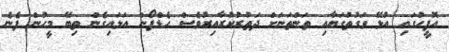
އޮފީހުގައި އުޅޭ ވަގުތުގަޔާއި ތަންތަނަށް ދަތުރުކުރާއިރުވެސް ހެޑްފޯން އަޅައިގެން ތިބޭ މީހުން ފެނެ